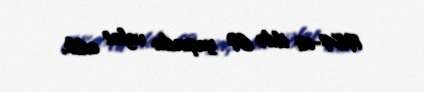
1984-cü ildə 69 yaşında vəfat edib.